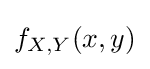
f_{X,Y}(x,y)